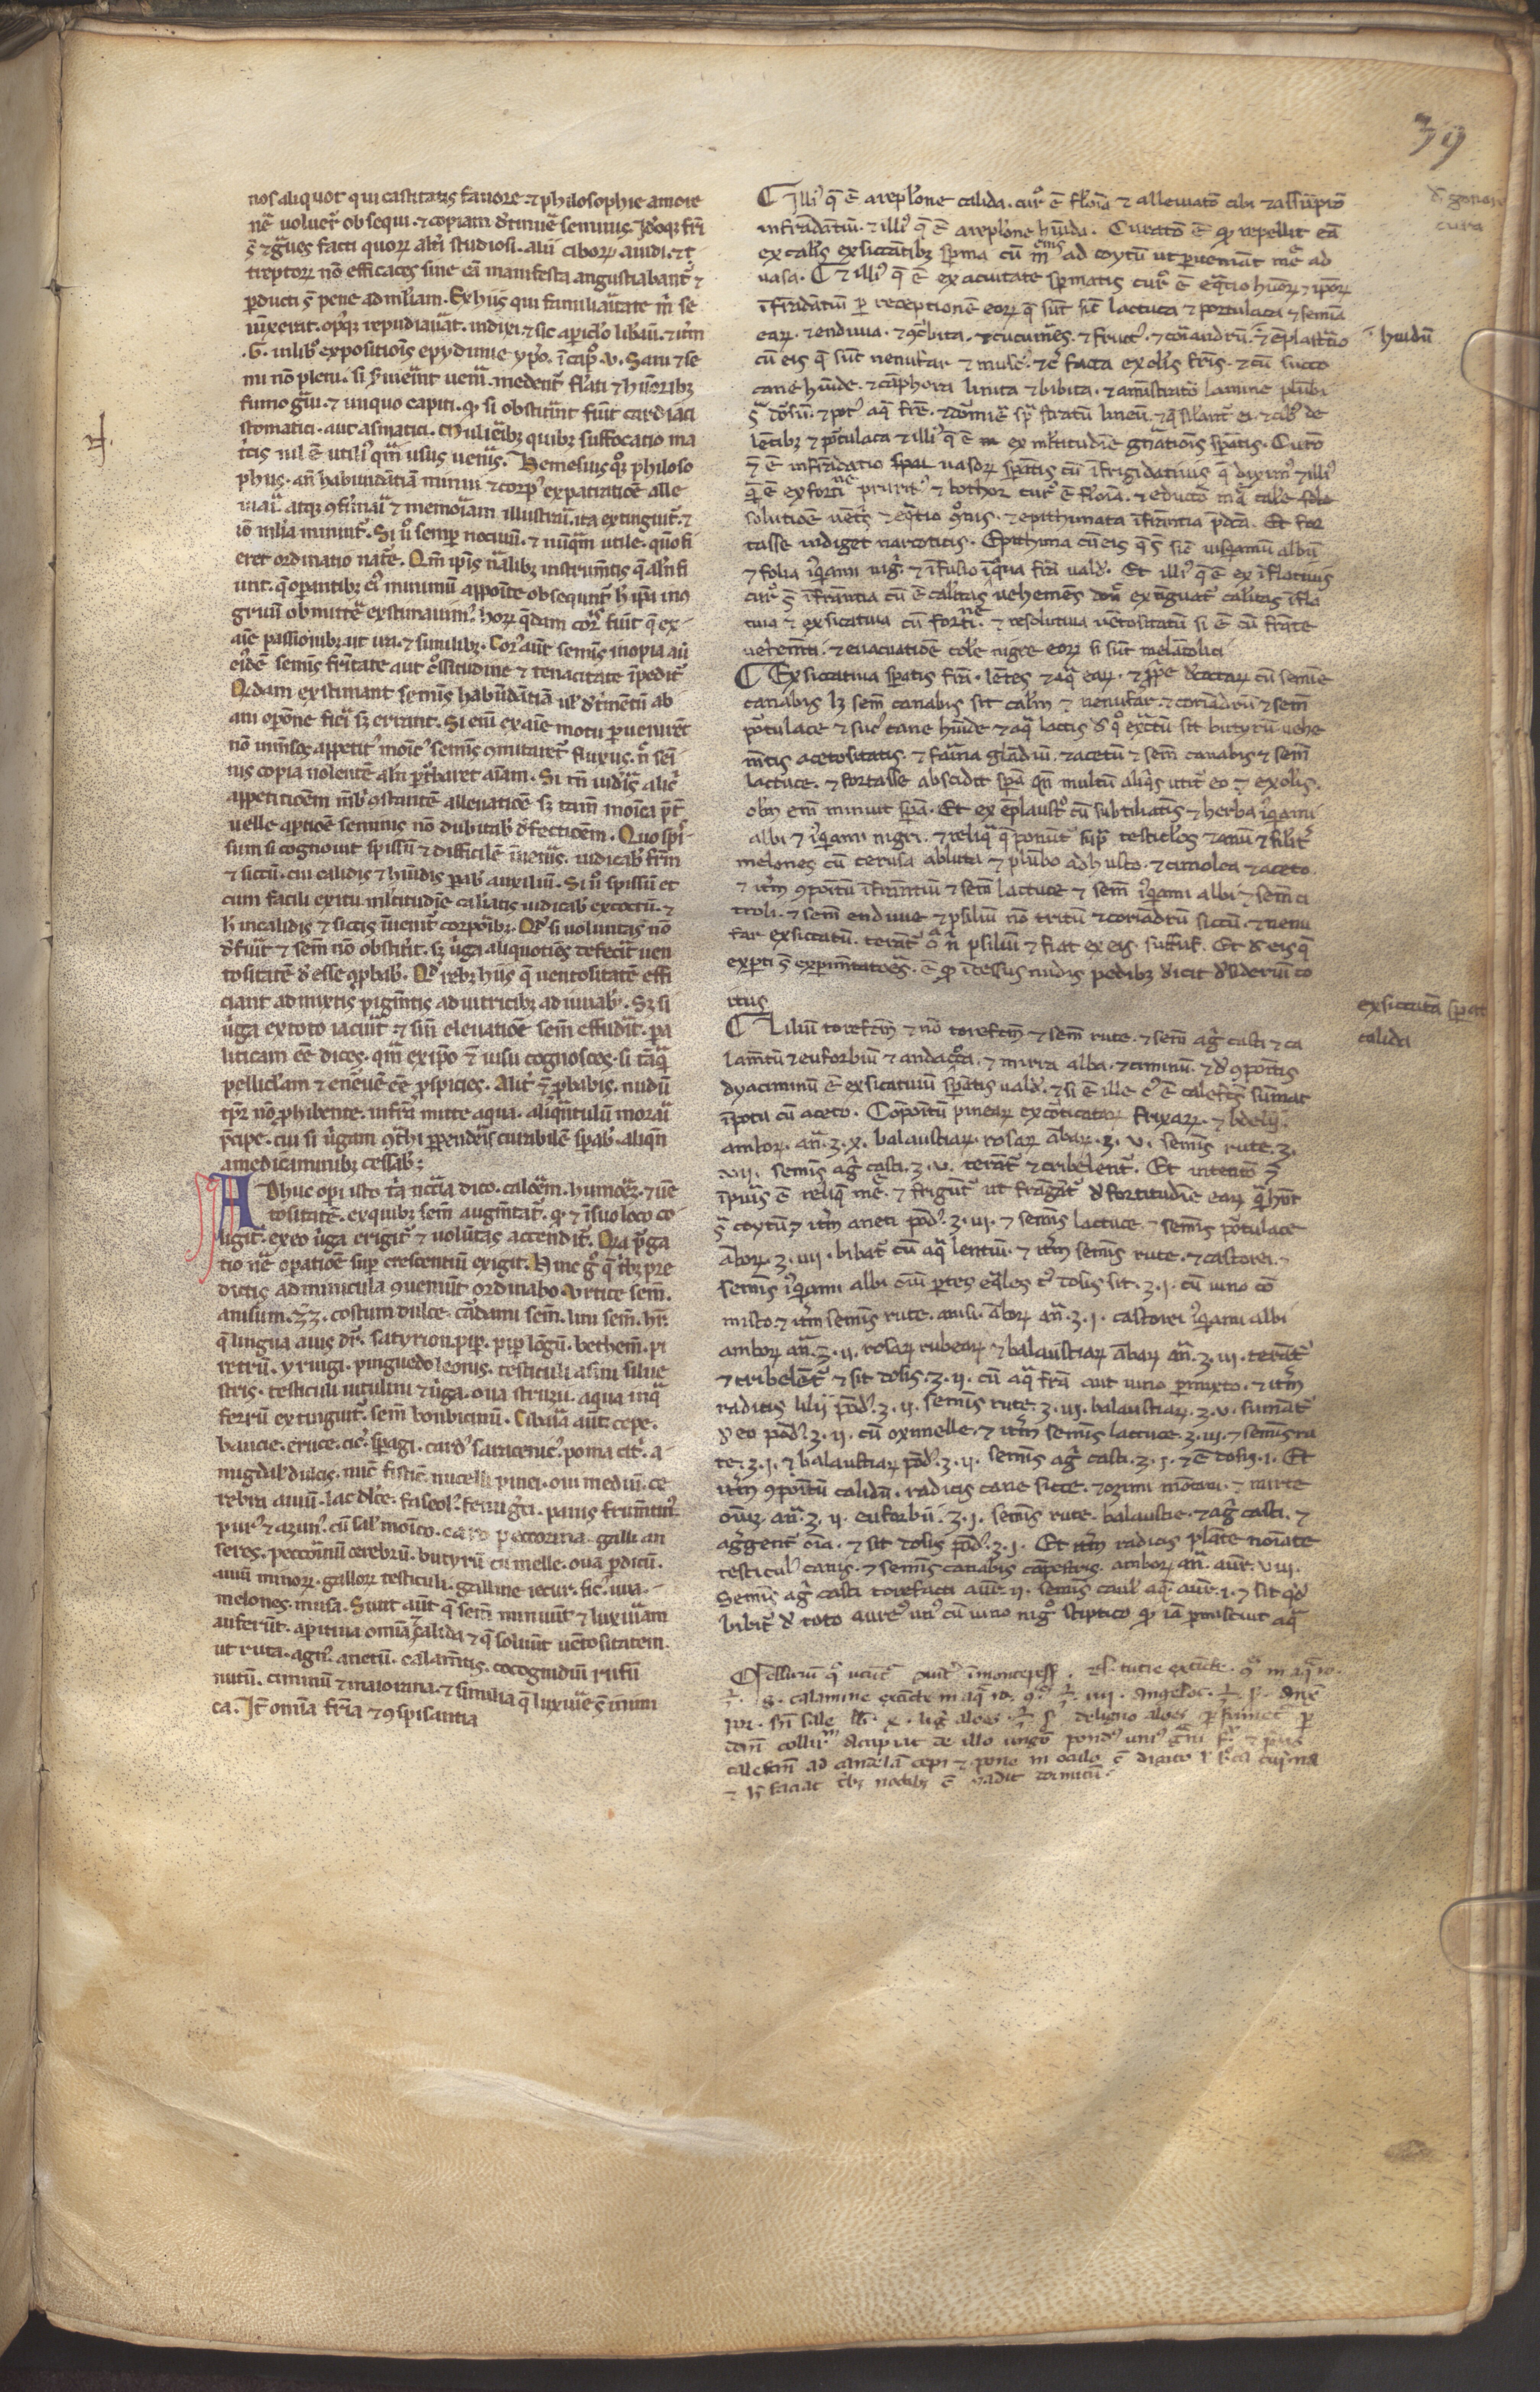
Shelfmark: Munich, Bayerische Staatsbibliothek, CLM 13027
Century: 13